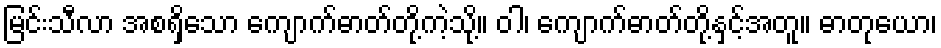
မြင်းသီလာ အစရှိသော ကျောက်ဓာတ်တို့ကဲ့သို့။ ဝါ၊ ကျောက်ဓာတ်တို့နှင့်အတူ။ ဓာတုယော၊